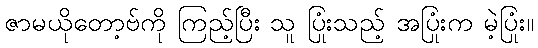
ဇာမယိုတော့ဗ်ကို ကြည့်ပြီး သူ ပြုံးသည့် အပြုံးက မဲ့ပြုံး။